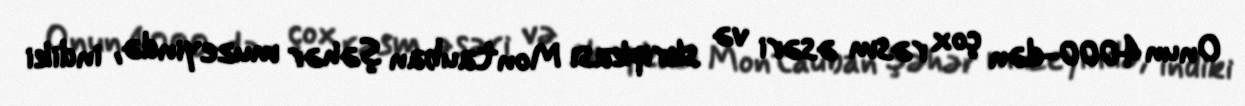
Onun 4000-dən çox rəsm əsəri və skripkası Montauban şəhər muzeyində, indiki